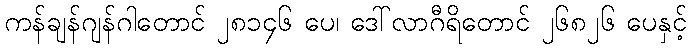
ကန်ချန်ဂျန်ဂါတောင် ၂၈၁၄၆ ပေ၊ ဒေါ်လာဂီရိတောင် ၂၆၈၂၆ ပေနှင့်